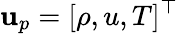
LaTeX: \mathbf{u}_{p}=[\rho,u,T]^{\top}